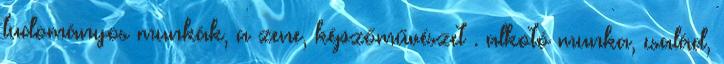
tudományos munkák, a zene, képzőművészet . alkotó munka, család,